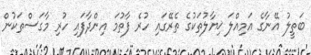
ބަތީލު އޭނާގެ އަމިއްލަ ޚިޔާލުތަކުގެ ތެރޭގައި ހުރެ ފާތުމަ އިންދާފައި ހުރި މާގަސްތަކުން